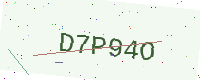
Text: D7P94O